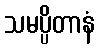
သမပ္ပိတာနံ